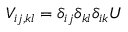
V _ { i j , k l } = \delta _ { i j } \delta _ { k l } \delta _ { i k } U